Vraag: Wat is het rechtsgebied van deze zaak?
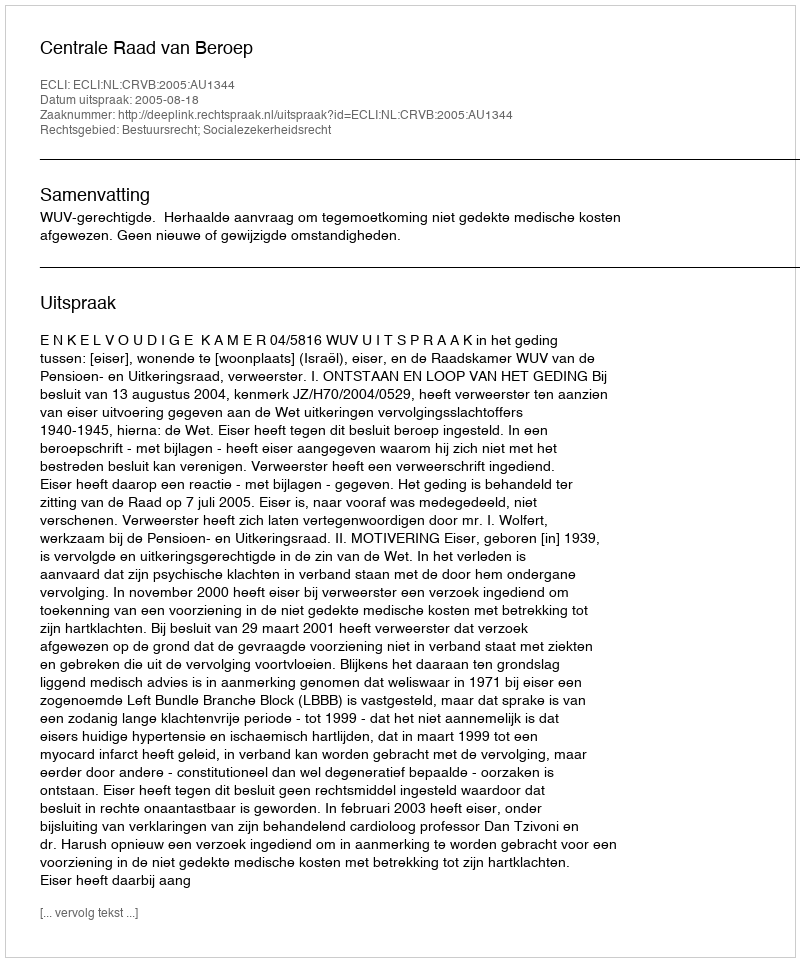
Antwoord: Bestuursrecht; Socialezekerheidsrecht